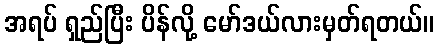
အရပ် ရှည်ပြီး ပိန်လို့ မော်ဒယ်လားမှတ်ရတယ်။